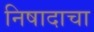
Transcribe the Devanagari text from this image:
निषादाचा